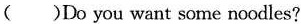
()Do you want some noodles?